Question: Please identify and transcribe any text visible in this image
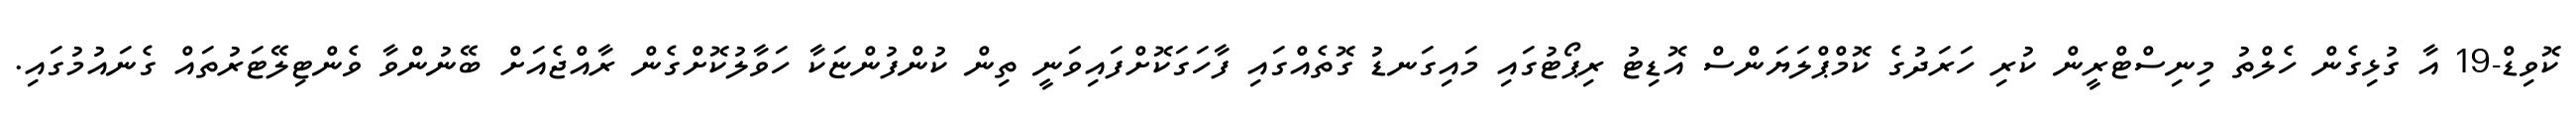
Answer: ކޮވިޑް-19 އާ ގުޅިގެން ހެލްތު މިނިސްޓްރީން ކުރި ހަރަދުގެ ކޮމްޕްލަޔަންސް އޮޑިޓު ރިޕޯޓުގައި މައިގަނޑު ގޮތެއްގައި ފާހަގަކޮށްފައިވަނީ ތިން ކުންފުންޏަކާ ހަވާލުކޮށްގެން ރާއްޖެއަށް ބޭނުންވާ ވެންޓިލޭޓަރުތައް ގެނައުމުގައި.